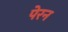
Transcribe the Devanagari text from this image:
पेरन